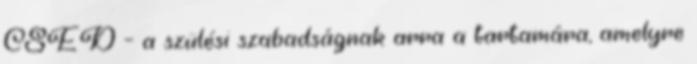
CSED – a szülési szabadságnak arra a tartamára, amelyre